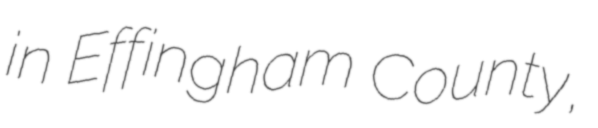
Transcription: in Effingham County,